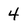
Character: 4